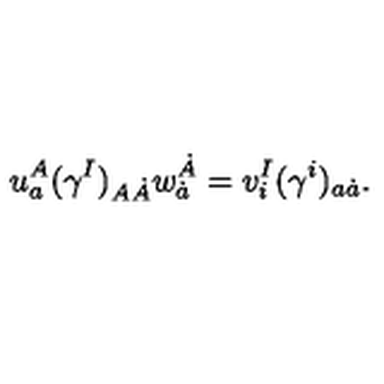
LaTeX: u _ { a } ^ { A } ( \gamma ^ { I } ) _ { A \dot { A } } w _ { \dot { a } } ^ { \dot { A } } = v _ { i } ^ { I } ( \gamma ^ { i } ) _ { a \dot { a } } .